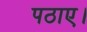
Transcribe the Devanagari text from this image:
पठाए।